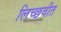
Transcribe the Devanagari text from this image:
लिच्छवीत